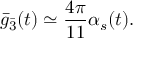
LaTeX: { \bar { g } } _ { \bar { 3 } } ( t ) \simeq { \frac { 4 \pi } { 1 1 } } \alpha _ { s } ( t ) .